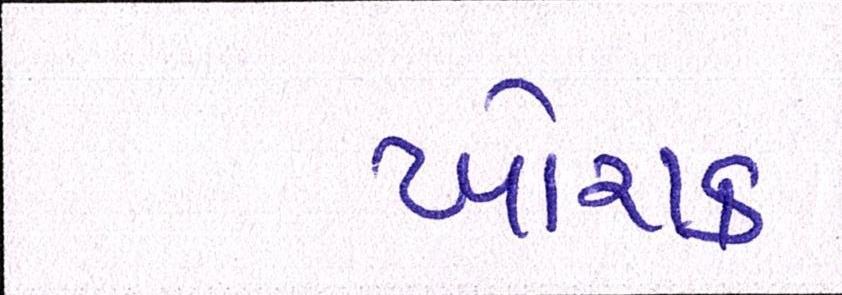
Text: ખોરાક